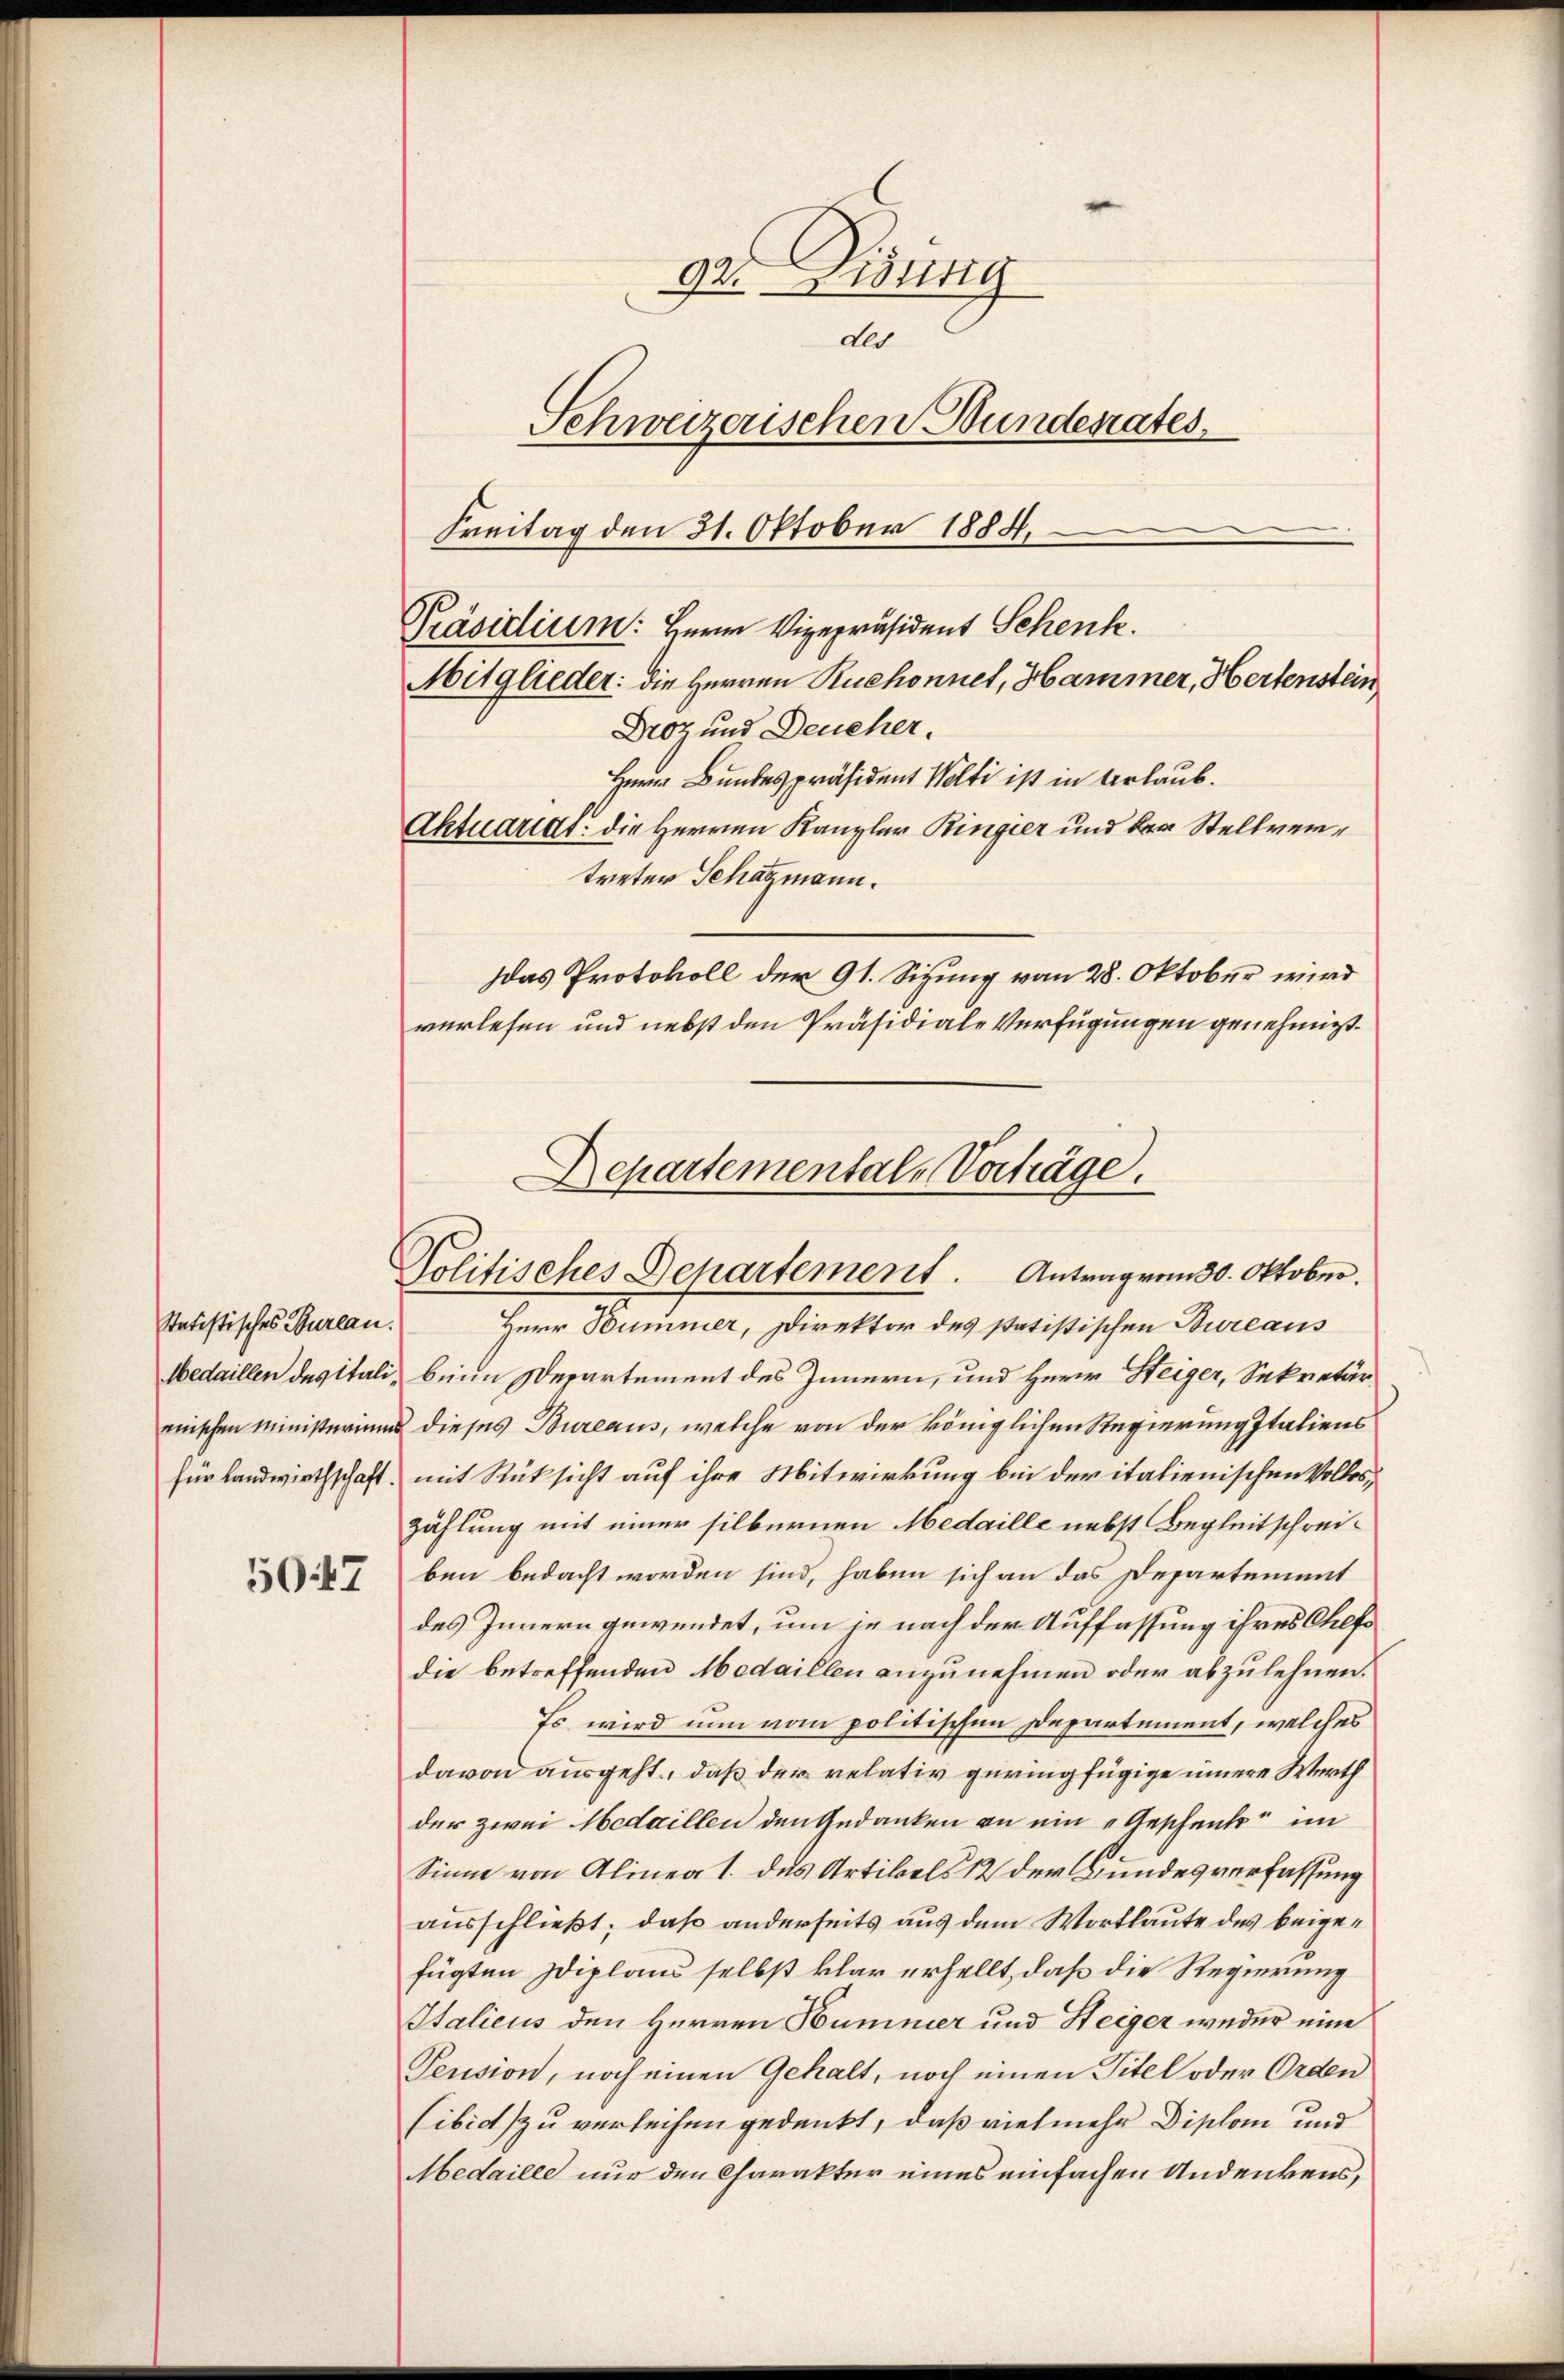
Statistisches Bureau.
Medaillen des italianischen Ministerium
für Landwirthschaft.

5047

ge. Disung
dls
Schweizerischen Bundesrates.
Freitag den 31. Oktober 1884
Mitglieder: die Herren Ruchonnet, Hammer, Hertenstein
Droz und Deucher.
Herr Bundespräsident Welti ist in Urlaub.
Aktuariat die Herren Kanzler Ringier und der Stellvertreter Schagmann.
das Protokoll der 91. Sizung vom 28. Oktober wird
verlesen und nebst den Präsidiale Verfügungen genehmigt.

Präsidium: Herrn Vizepräsident Schenk.

Departemental-Vorträge.

Herr Summer, Direktor des statistischen Bureaus
beim Departement des Innern, und Herr Steiger, Sekretär,
& dieses Bureaus, welche von der königlichen Regierung Italiens
mit Rücksicht auf ihre Mitwirkung bei der italienischen Volkszählung mit einer silbernen Medaille nebst Begleitschreiben bedacht worden sind, haben sich an das Departement
des Innern gewendet, um je nach der Auffassung ihres Chefs
die betreffenden Medaillen anzunehmen oder abzulehnen.
Es wird nun vom politischen Departement, welches
davon ausgeht, daß der relativ geringfügige innere Werth
der zwei Medaillen den Gedanken an ein „Geschenke im
Sinne von Alinea 1. das Artikels 12 der Bundesverfassung
ausschließt; daß anderseits aus dem Wortlaute des beigefügten Diplaus selbst klar erhellt, daß die Regierung
Italicus den Herren Hummer und Steiger weder eine
Pension, noch einen Gehalt, noch einen Titel oder Orden
Eibic zu verlechen gedenkt, daß vielmehr Diplom und
Medaille nur den Charakter eines einfachen Andenkens,

Politisches Departement. Antrag vom 30. Oktober.